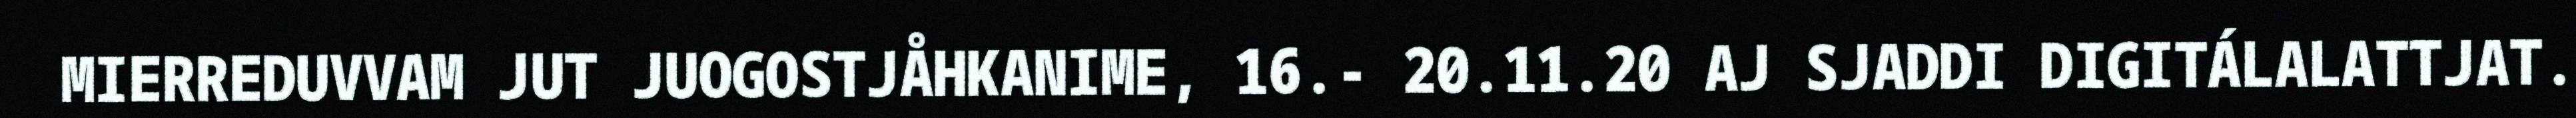
MIERREDUVVAM JUT JUOGOSTJÅHKANIME, 16.- 20.11.20 AJ SJADDI DIGITÁLALATTJAT.